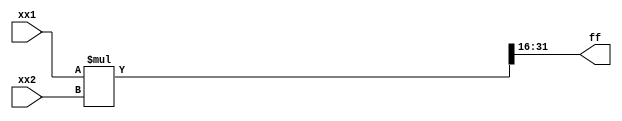
`timescale 1ns/1ns
module multi(input [15:0]xx1,xx2,output [15:0]ff);
wire [31:0]m;
assign m=xx1*xx2;
assign ff=m[31:16];
endmodule